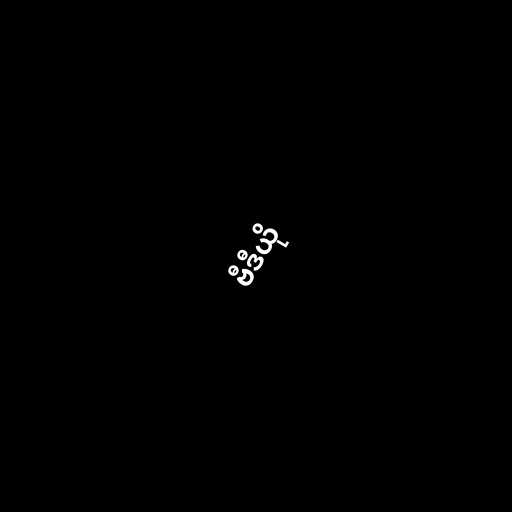
ဗီဒီယို